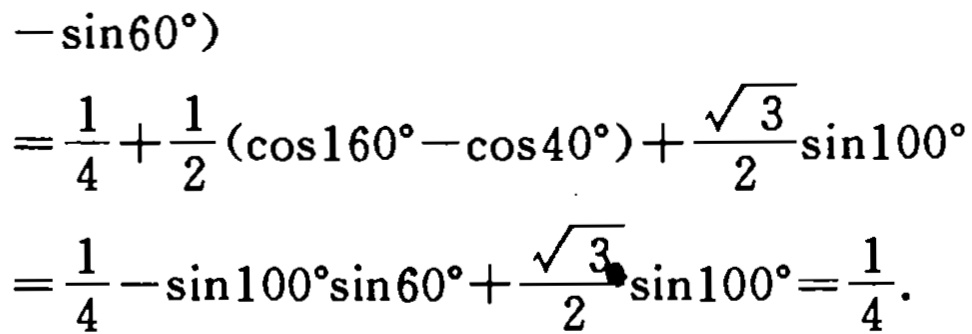
\[
\begin{align*}
&-\sin60^{\circ})\\
=&\frac{1}{4}+\frac{1}{2}(\cos160^{\circ}-\cos40^{\circ})+\frac{\sqrt{3}}{2}\sin100^{\circ}\\
=&\frac{1}{4}-\sin100^{\circ}\sin60^{\circ}+\frac{\sqrt{3}}{2}\sin100^{\circ}=\frac{1}{4}.
\end{align*}
\]